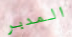
المدبر